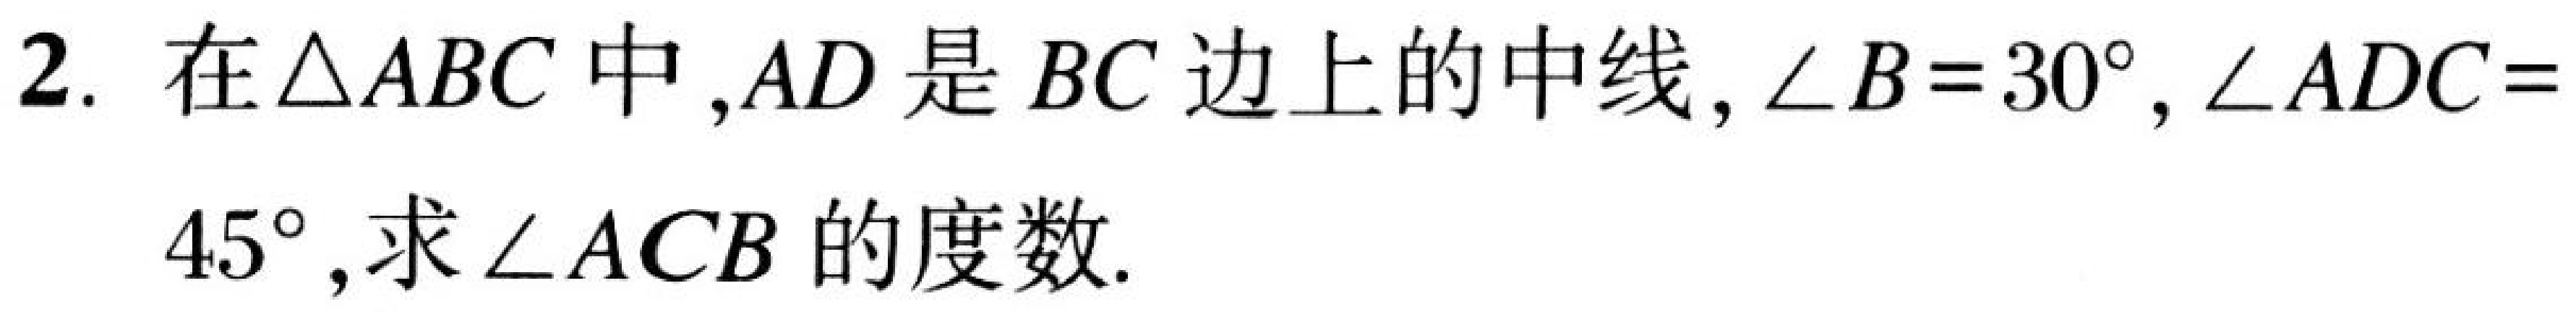
2. 在$\triangle ABC$中,$AD$是$BC$边上的中线,$\angle B = 30^{\circ},\angle ADC = 45^{\circ}$,求$\angle ACB$的度数.